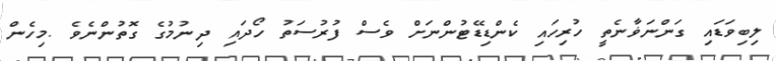
ލިބިވަޑައި ގަންނަޥާނެތީ ހުރިހައި ކެންޑިޑޭޓުންނަށް ވެސް ފުރުސަތު ހޯދައި ދިނުމުގެ ގޮތުންނެވެ .މިހެން